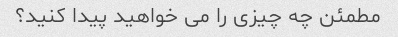
مطمئن چه چیزی را می خواهید پیدا کنید؟